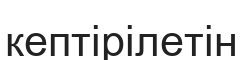
кептірілетін